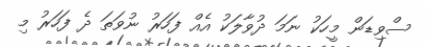
ސްވިޑަން މީހަކު ނަމަ ދުވާލަކު އެއް ފަހަރު ނުވަތަ ދެ ފަހަރު މި